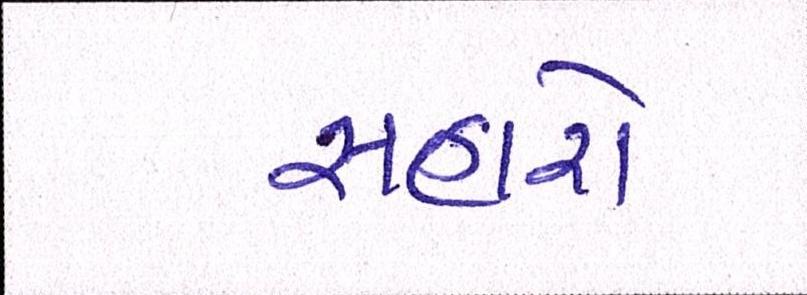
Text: સહારો